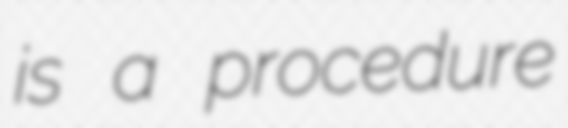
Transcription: is a procedure